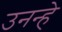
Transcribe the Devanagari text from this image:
उनन्हे